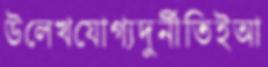
উলেখযোগ্যদুর্নীতিইআ